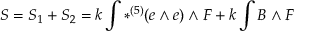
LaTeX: S = S _ { 1 } + S _ { 2 } = k \int \ast ^ { ( 5 ) } ( e \wedge e ) \wedge F + k \int { B \wedge F }